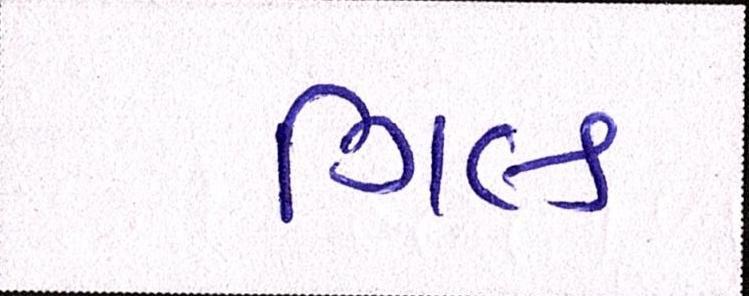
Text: ગિલ્ડ